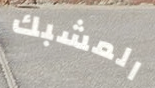
المشبك